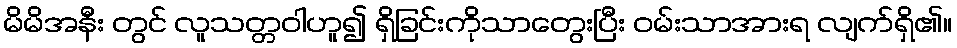
မိမိအနီး တွင် လူသတ္တဝါဟူ၍ ရှိခြင်းကိုသာတွေးပြီး ဝမ်းသာအားရ လျက်ရှိ၏။